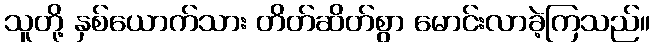
သူတို့ နှစ်ယောက်သား တိတ်ဆိတ်စွာ မောင်းလာခဲ့ကြသည်။